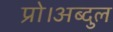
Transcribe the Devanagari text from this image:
प्रो।अब्दुल